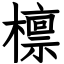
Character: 檩